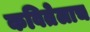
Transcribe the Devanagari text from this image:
कवितेलाच